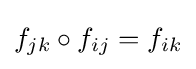
f_{jk}\circ f_{ij}=f_{ik}